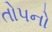
તોપનો